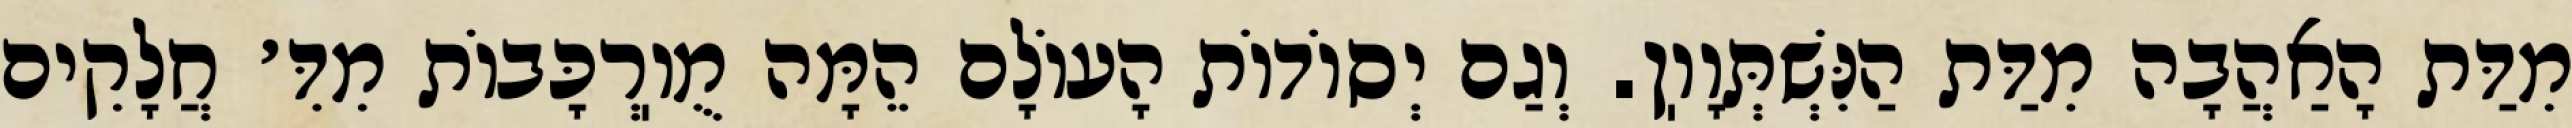
מִדַּת הָאַהֲבָה מִדַּת הַנִּשְׁתְּוָוֽן. וְגַם יְסוֹדוֹת הָעוֹלָם הֵמָּה מֻוֽרְכָּבוֹת מִדִּ׳ חֲלָקִים